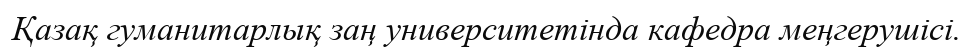
Қазақ гуманитарлық заң университетінда кафедра меңгерушісі.